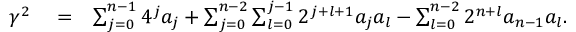
\begin{array} { r l r } { \gamma ^ { 2 } } & { { } = } & { \sum _ { j = 0 } ^ { n - 1 } { 4 ^ { j } a _ { j } } + \sum _ { j = 0 } ^ { n - 2 } \sum _ { l = 0 } ^ { j - 1 } { 2 ^ { j + l + 1 } a _ { j } a _ { l } } - \sum _ { l = 0 } ^ { n - 2 } { 2 ^ { n + l } a _ { n - 1 } a _ { l } } . } \end{array}